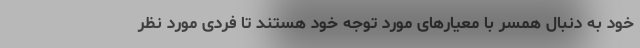
خود به دنبال همسر با معیارهای مورد توجه خود هستند تا فردی مورد نظر